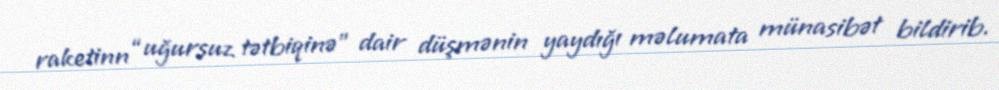
raketinn “uğursuz tətbiqinə” dair düşmənin yaydığı məlumata münasibət bildirib.